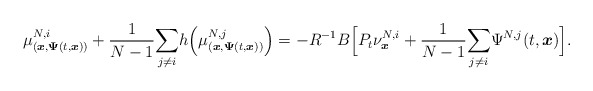
\begin{align*}\mu_{(\boldsymbol{x},\boldsymbol{\Psi}(t,\boldsymbol{x}))}^{N,i}+\frac{1}{N-1}\underset{j\neq i}{\sum}h\Big(\mu_{(\boldsymbol{x},\boldsymbol{\Psi}(t,\boldsymbol{x}))}^{N,j} \Big)=-R^{-1}B\Big[P_t\nu^{N,i}_{\boldsymbol{x}}+\frac{1}{N-1}\underset{j\neq i}{\sum}\Psi^{N,j}(t,\boldsymbol{x})\Big].\end{align*}